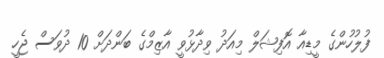
ފުލުހުންގެ މީޑިއާ އޮފިޝަލް މިއަދު ވިދާޅުވީ އާޒިމްގެ ބަންދަށް 10 ދުވަސް ޖެހީ